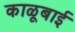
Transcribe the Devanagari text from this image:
काळूबाई